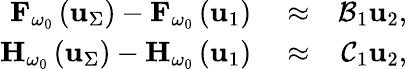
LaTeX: \begin{array}{rlr}{{\mathbf F}_{\omega_{0}}\left({\mathbf u}_{\Sigma}\right)-{\mathbf F}_{\omega_{0}}\left({\mathbf u}_{1}\right)}&{{}\approx}&{{\cal B}_{1}\mathbf{u}_{2},}\\ {{\mathbf H}_{\omega_{0}}\left({\mathbf u}_{\Sigma}\right)-{\mathbf H}_{\omega_{0}}\left({\mathbf u}_{1}\right)}&{{}\approx}&{{\cal C}_{1}\mathbf{u}_{2},}\end{array}